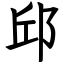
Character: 邱